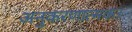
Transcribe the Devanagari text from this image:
अनुकरणात्मक।